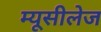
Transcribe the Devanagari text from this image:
म्यूसीलेज